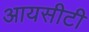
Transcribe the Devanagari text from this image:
आयसीटी